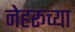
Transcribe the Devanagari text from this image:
नेहरूच्या